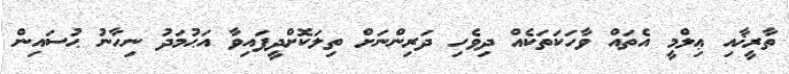
ތާރީޚާއި ޢިލްމީ އެތައް ވާހަކަތަކެއް ދިވެހި ދަރިންނަށް ތިލަކޮށްދީފައިވާ އަޙުމަދު ނިހާނު ޙުސައިން